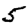
Digit: 5